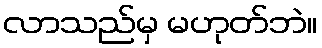
လာသည်မှ မဟုတ်ဘဲ။